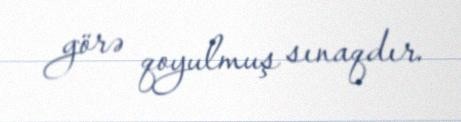
görə qoyulmuş sınaqdır.